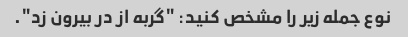
نوع جمله زیر را مشخص کنید: "گربه از در بیرون زد".